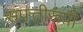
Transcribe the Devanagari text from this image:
संपत्तीरूपी